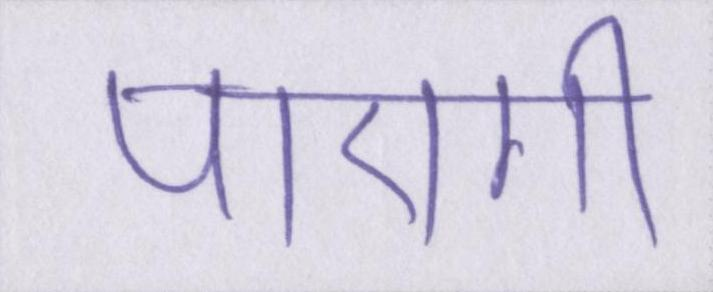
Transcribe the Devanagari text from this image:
पाएगी